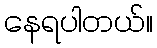
နေရပါတယ်။